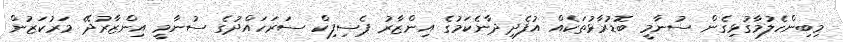
މިބިންހެލުމާގުޅިގެން ސުނާމީ ބޮޑުރާޅުތަކެއް އުފެދިދާނެކަމުގެ އިންޒާރު ޕެސިފިކް ސަރަހައްދުގެ ސުނާމީ އިންޒާރުދޭ މަރުކަޒުން